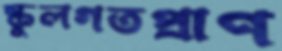
স্কুলগতপ্রাণ